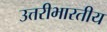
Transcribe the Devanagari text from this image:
उत्तरीभारतीय